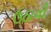
ઉઠાવી